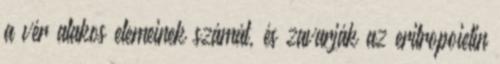
a vér alakos elemeinek számát, és zavarják az eritropoietin